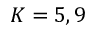
K = 5 , 9